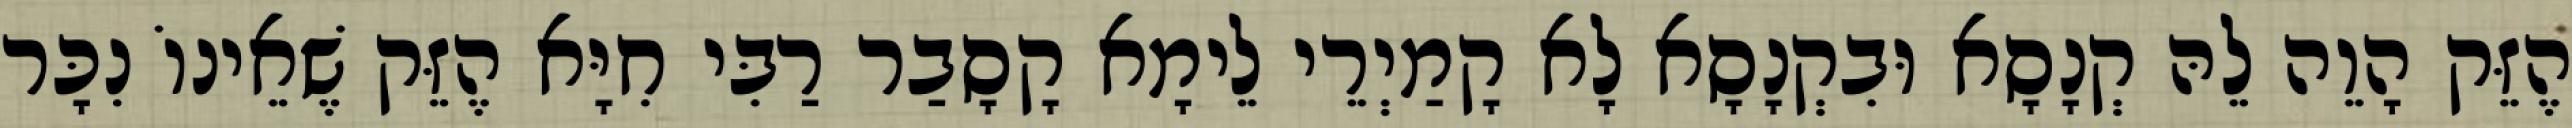
הֶזֵּק הָוֵה לֵהּ קְנָסָא וּבִקְנָסָא לָא קָמַיְרֵי לֵימָא קָסָבַר רַבִּי חִיָּא הֶזֵּק שֶׁאֵינוֹ נִכָּר